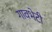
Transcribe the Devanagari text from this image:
गावभेटी